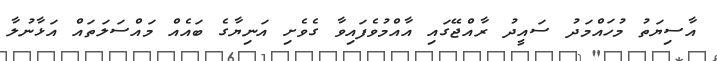
އާސިޔަތު މުހައްމަދު ސައީދު ރާއްޖޭގައި އާއްމުވެފައިވާ ގެވެށި އަނިޔާގެ ބައެއް މައްސަލަތައް އަޅާނުލާ